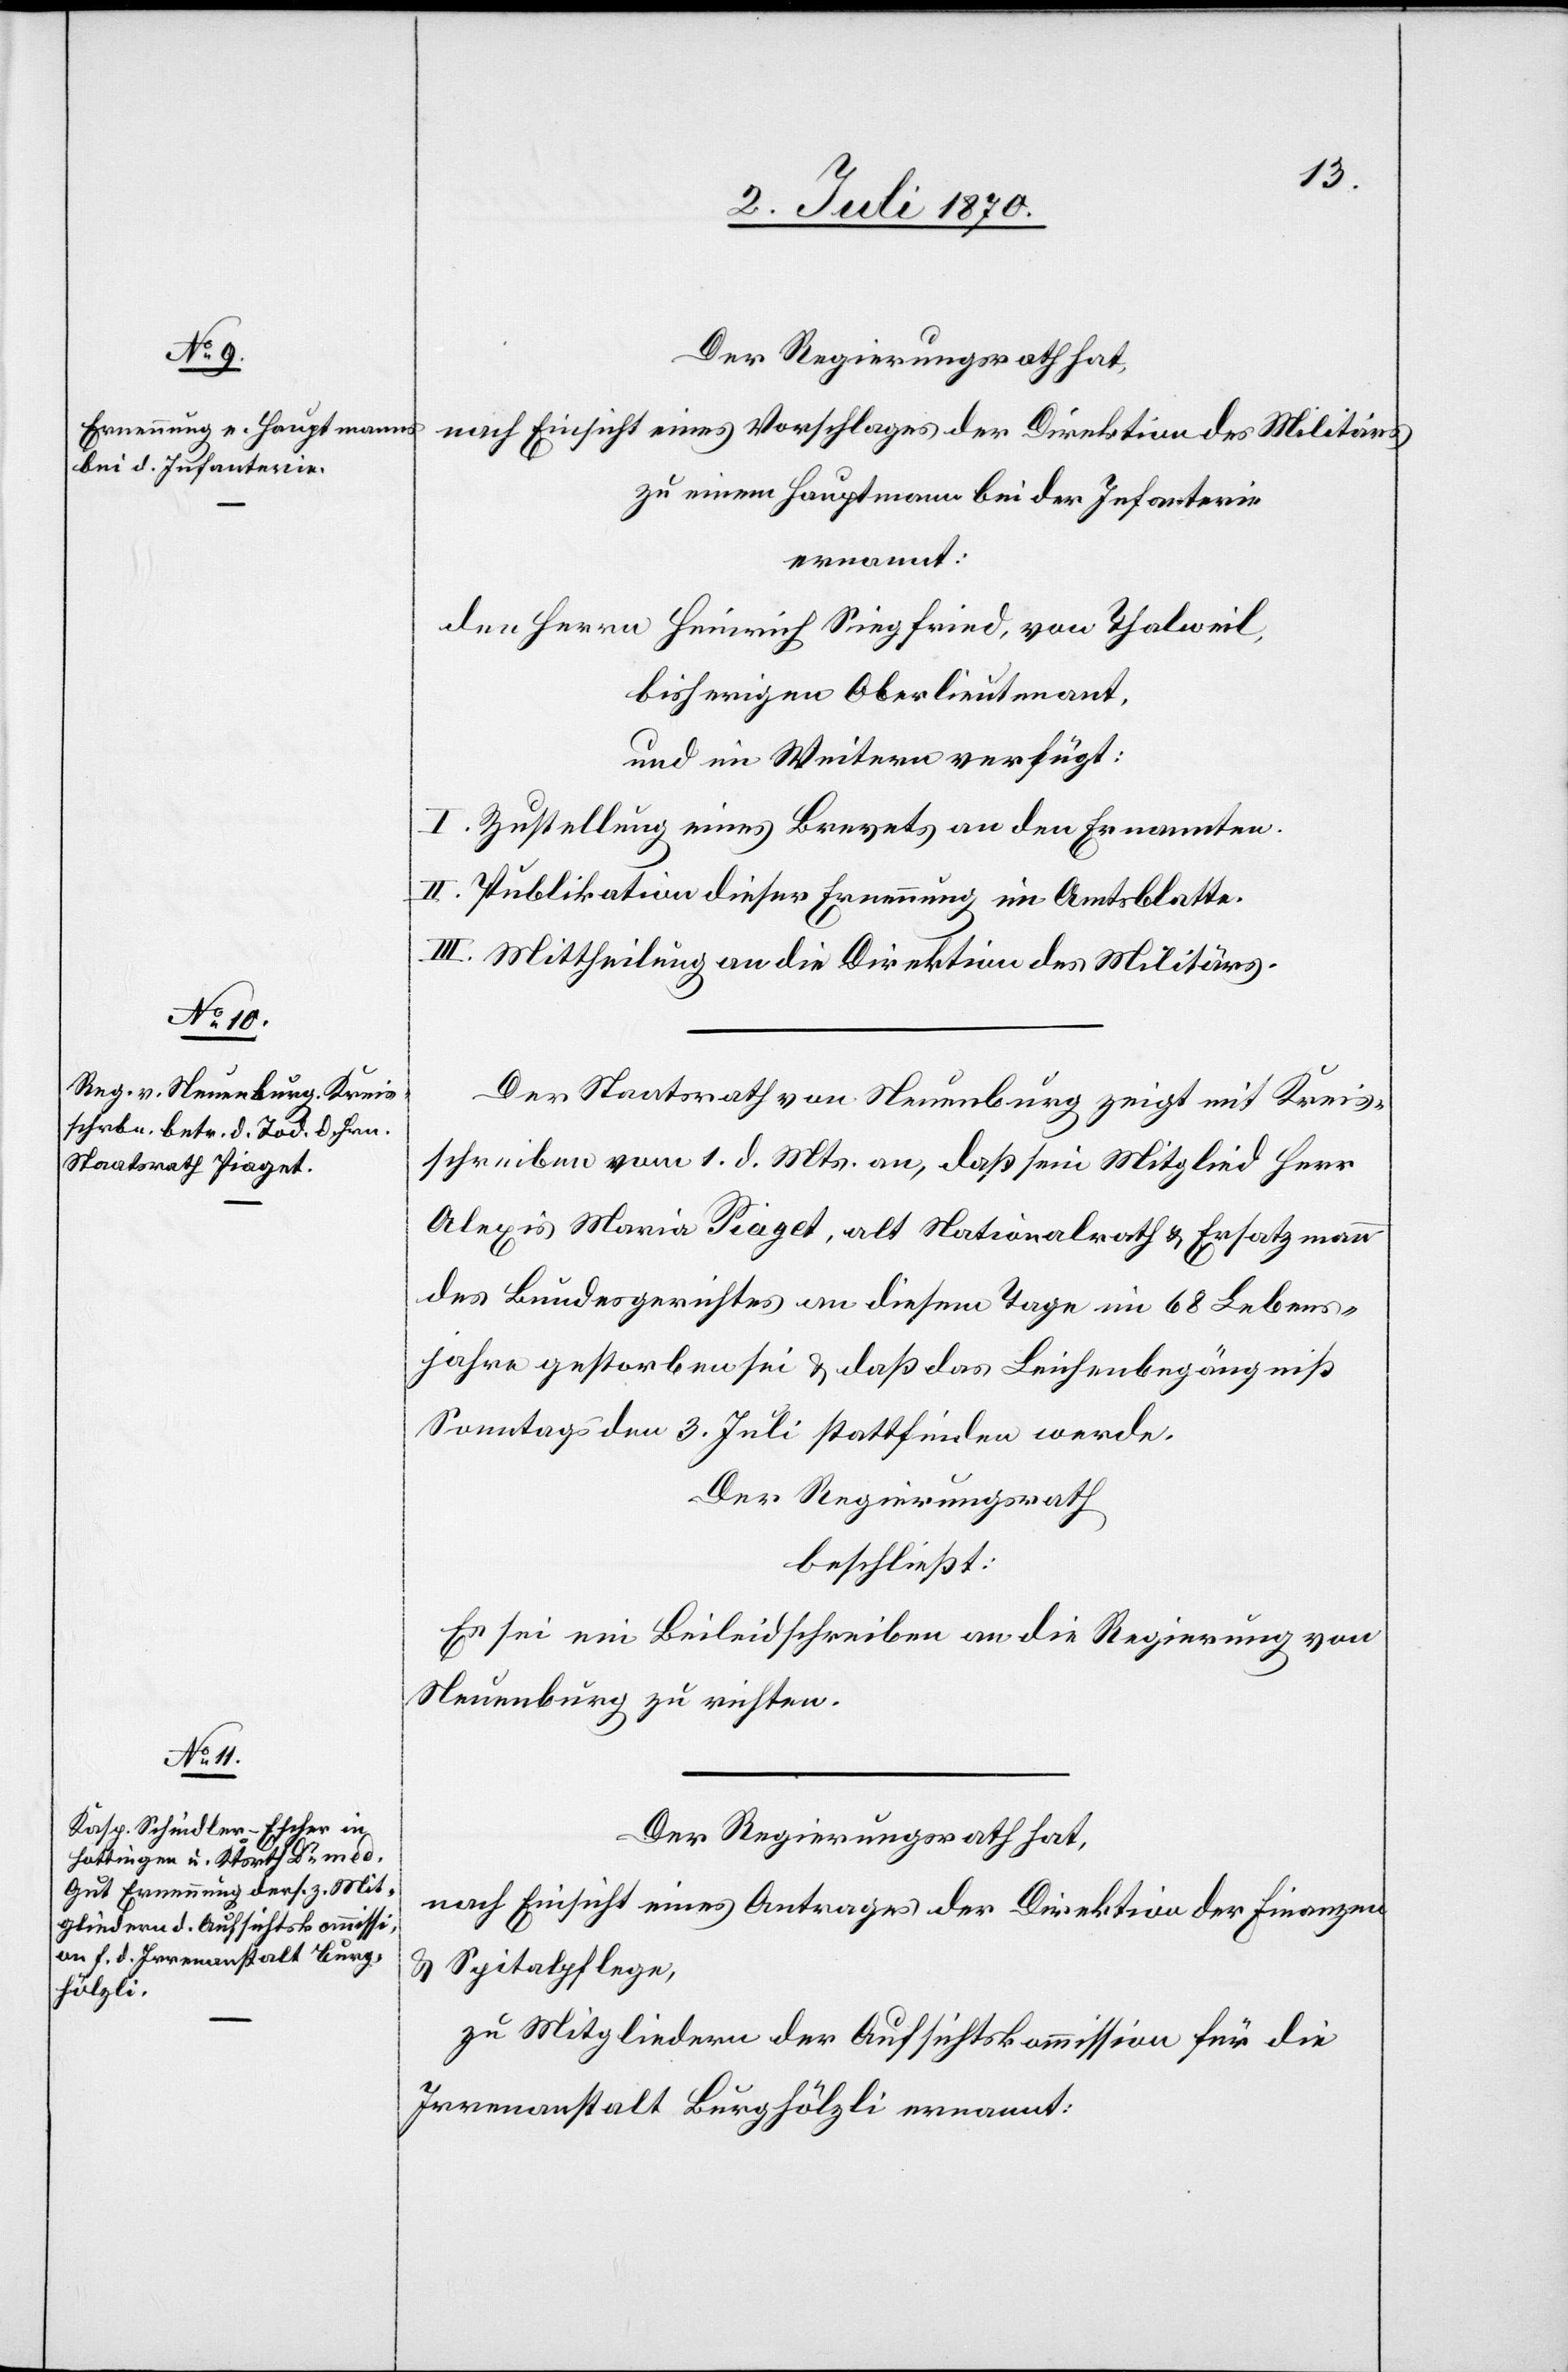
zu einem Hauptmann bei der Infanterie
ernannt:
den Heinrich Siegfried, von Thalweil,
bisherigen Oberlieutenant,
und im Weitern verfügt:
I. Zustellung eines Brevets an den Ernannten.
II. Publikation dieser Ernennung im Amtsblatte.
III. Mittheilung an die Direktion des Militärs.
Der Staatsrat von Neuenburg zeigt mit Kreis¬
schreiben vom 1. d. Mts. an, daß sein Mitglied Herr
Alexis Maria Piaget, als Nationalrath & Ersatzmann
des Bundesgerichtes an diesem Tage im 68 Lebens¬
jahre gestorben sei & daß das Leichenbegräbniß
Sonntags den 3. Juli stattfinden werde.
Der Regierungsrath
beschließt:
Es sei ein Beileidschreiben an die Regierung von
Neuenburg zu richten.
Der Regierungsrath hat,
nach Einsicht eines Antrages der Direktion der Finanzen
& Spitalpflege,
zu Mitgliedern der Aufsichtskommission für die
Irrenanstalt Burghölzli ernannt: